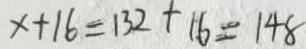
x + 1 6 = 1 3 2 + 1 6 = 1 4 8